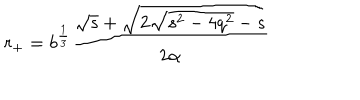
LaTeX: r _ { + } = b ^ { \frac 1 3 } \frac { \sqrt { s } + \sqrt { 2 \sqrt { s ^ { 2 } - 4 q ^ { 2 } } - s } } { 2 \alpha }